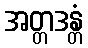
အတ္တဒန္တံ